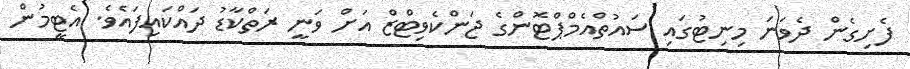
ފެށިގެން ދެވަނަ މިނިޓުގައި ސައުތްއެމްޕްޓޮންގެ ޖަންކެވިޓްޒް އަށް ވަނީ ރަތްކާޑު ދައްކައިފައެވެ. އެޓީމުން